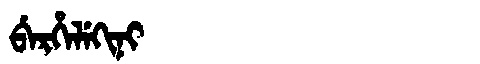
Manchu: ᠪᡝᡵᡥᡝᠯᡝᡴᡳᠨᡳ
Romanization: BERHELEKINI